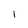
Character: 1